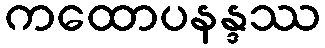
ကထောပနန္ဒဿ